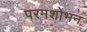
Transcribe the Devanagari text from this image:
परमशोभन